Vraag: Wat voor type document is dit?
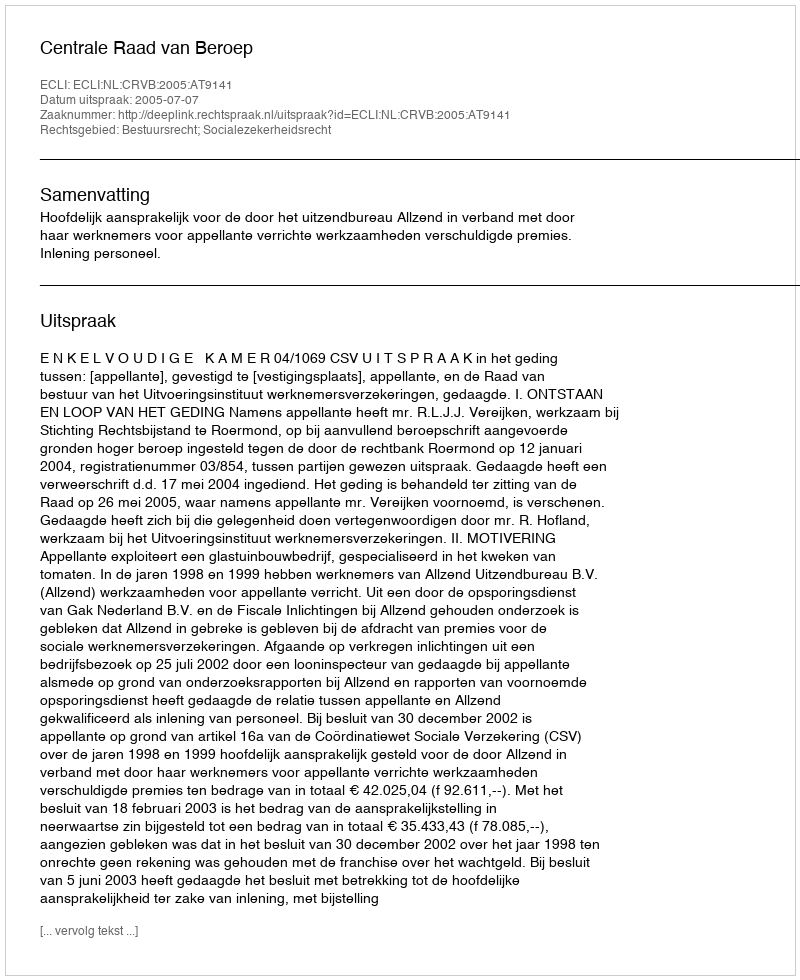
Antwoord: Uitspraak